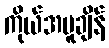
ကိုယ်အပူချိန်